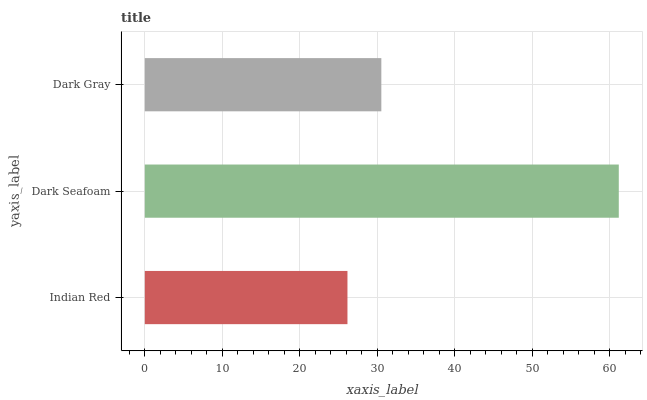
| yaxis_label | bars |
 | --- | --- |
 | Indian Red | 26.1 |
 | Dark Seafoam | 61.1 |
 | Dark Gray | 30.5 |